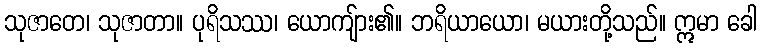
သုဇာတေ၊ သုဇာတာ။ ပုရိသဿ၊ ယောကျ်ား၏။ ဘရိယာယော၊ မယားတို့သည်။ ဣမာ ခေါ